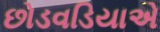
છોડવડિયાએ